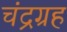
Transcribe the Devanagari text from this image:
चंद्रग्रह